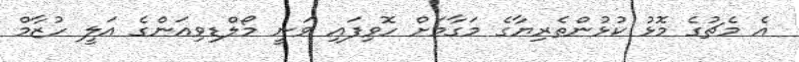
އެ މެޗުގެ މޮޅު ކުޅުންތެރިޔާގެ މަގާމަށް ހޮވިފައި ވަނީ މޯލްޑިވިއަންގެ އަލީ ހުޒާމް